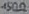
Text: 150Ω